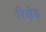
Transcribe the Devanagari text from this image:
रिसेड